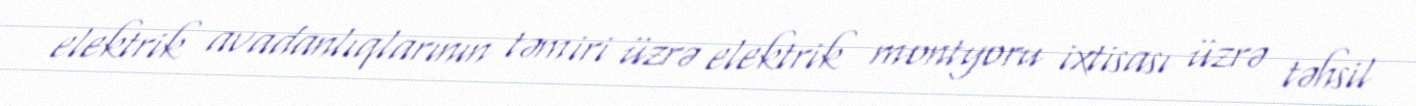
elektrik avadanlıqlarının təmiri üzrə elektrik montyoru ixtisası üzrə təhsil